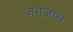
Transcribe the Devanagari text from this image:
जगजाल